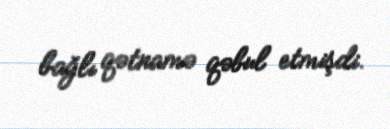
bağlı qətnamə qəbul etmişdi.